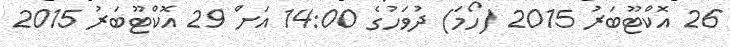
26 އޮކްޓޫބަރު 2015 (ހޯމަ) ދުވަހުގެ 14:00 އަށް 29 އޮކްޓޫބަރު 2015